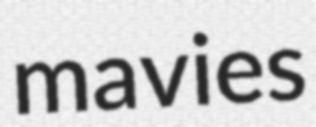
mavies